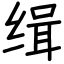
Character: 缉